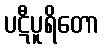
ပဋီပူရိတော